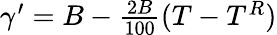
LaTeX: \begin{array}{r}{\gamma^{\prime}=B-{\frac{2B}{100}}(T-T^{R})}\end{array}